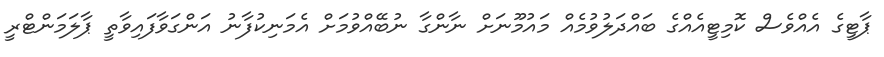
ޕާޓީގެ އެއްވެސް ކޮމިޓީއެއްގެ ބައްދަލުވުމެއް މައުމޫނަށް ނާންގާ ނުބޭއްވުމަށް އެމަނިކުފާނު އަންގަވާފައިވާތީ ޕާލަމަންޓްރީ